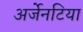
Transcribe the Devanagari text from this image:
अर्जेनटिया